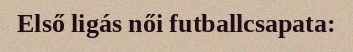
Első ligás női futballcsapata: